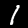
Label: 1